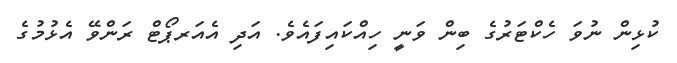
ކުޅިން ނުވަ ހެކްޓަރުގެ ބިން ވަނީ ހިއްކައިފައެވެ. އަދި އެއަރޕޯޓް ރަންވޭ އެޅުމުގެ